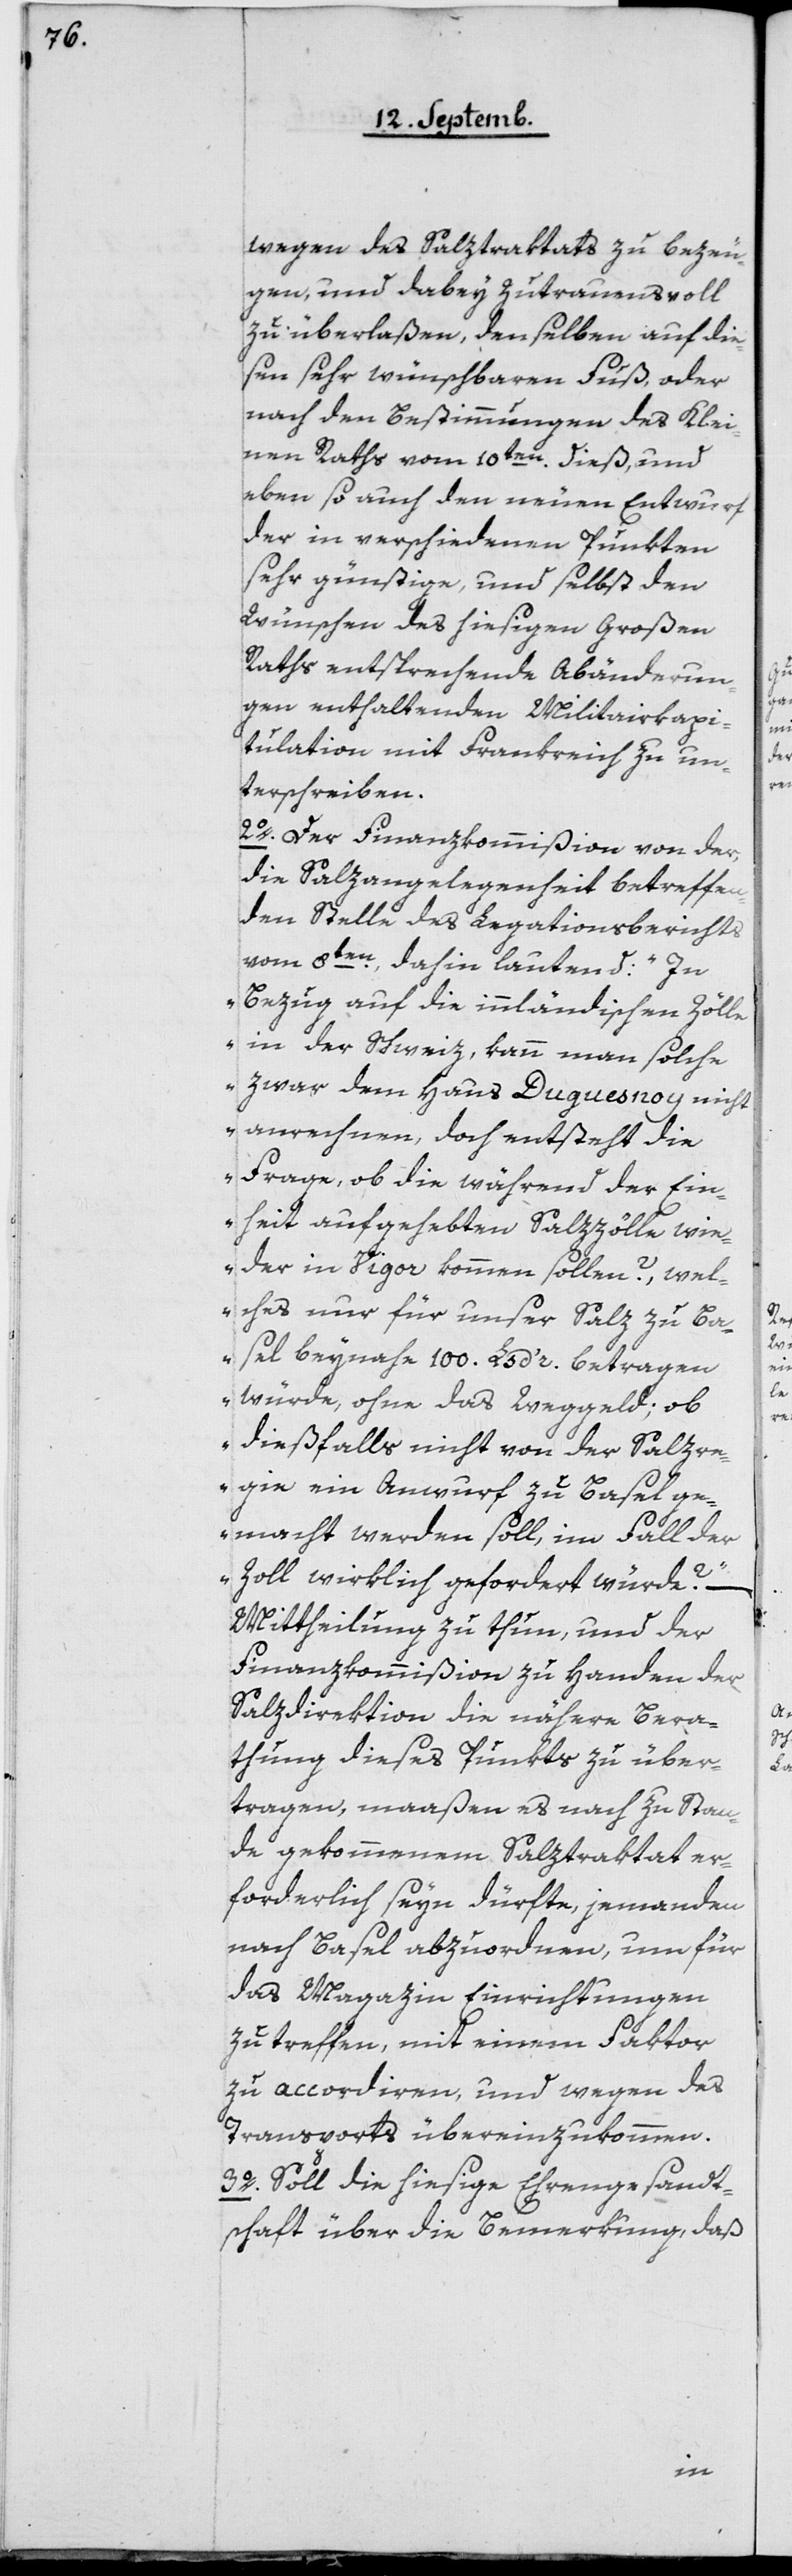
wegen des Salztraktats zu bezeu¬
gen, und dabey zutrauensvoll
zu überlaßen, denselben auf die¬
sen sehr wünschbaren Fuß, oder
nach den Bestimmungen des Klei¬
nen Raths vom 10ten dieß, und
eben so auch den neuen Entwurf
der in verschiedenen Punkten
sehr günstige, und selbst den
Wünschen des hiesigen Großen
Raths entsprechende Abänderun¬
gen enthaltenden Militairkapi¬
tulation mit Frankreich zu un¬
terschreiben.
2o Der Finanzkommißion von der
die Salzangelegenheit betreffen¬
den Stelle des Legationsberichts
vom 8ten, dahin lautend: „In
Bezug auf die innländischen Zölle
in der Schweiz, kann man solche
zwar dem Haus Duguesnoy nicht
anrechnen, doch entsteht die
Frage, ob die während der Ein¬
heit aufgehebten Salzzölle wie¬
der in Vigor kommen sollen?, wel¬
ches nur für unser Salz zu Ba¬
sel beinahe 100 Ls d‘r betragen
würde, ohne das Weggeld; ob
dießfalls nicht von der Salzre¬
gie ein Auswurf zu Basel ge¬
macht werden soll, im Fall der
Zoll wirklich gefordert würde?“ –
Mittheilung zu thun, und der
Finanzkommißion zu Handen der
Salzdirektion die nähere Bera¬
thung dieses Punkts zu über¬
tragen, maaßen es nach zu Stan¬
de gekommenem Salztraktat er¬
forderlich seyn dürfte, jemanden
nach Basel abzuordnen, um für
das Magazin Einrichtungen
zu treffen, mit einem Faktor
zu accordieren, und wegen des
Transports übereinzukommen.
3o Soll die hiesige Ehrengesandt¬
schaft über die Bemerkung, daß